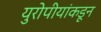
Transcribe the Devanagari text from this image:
युरोपीयांकडून